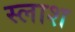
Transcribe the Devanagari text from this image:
स्लाश